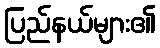
ပြည်နယ်များ၏